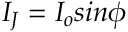
I _ { J } = I _ { o } s i n \phi